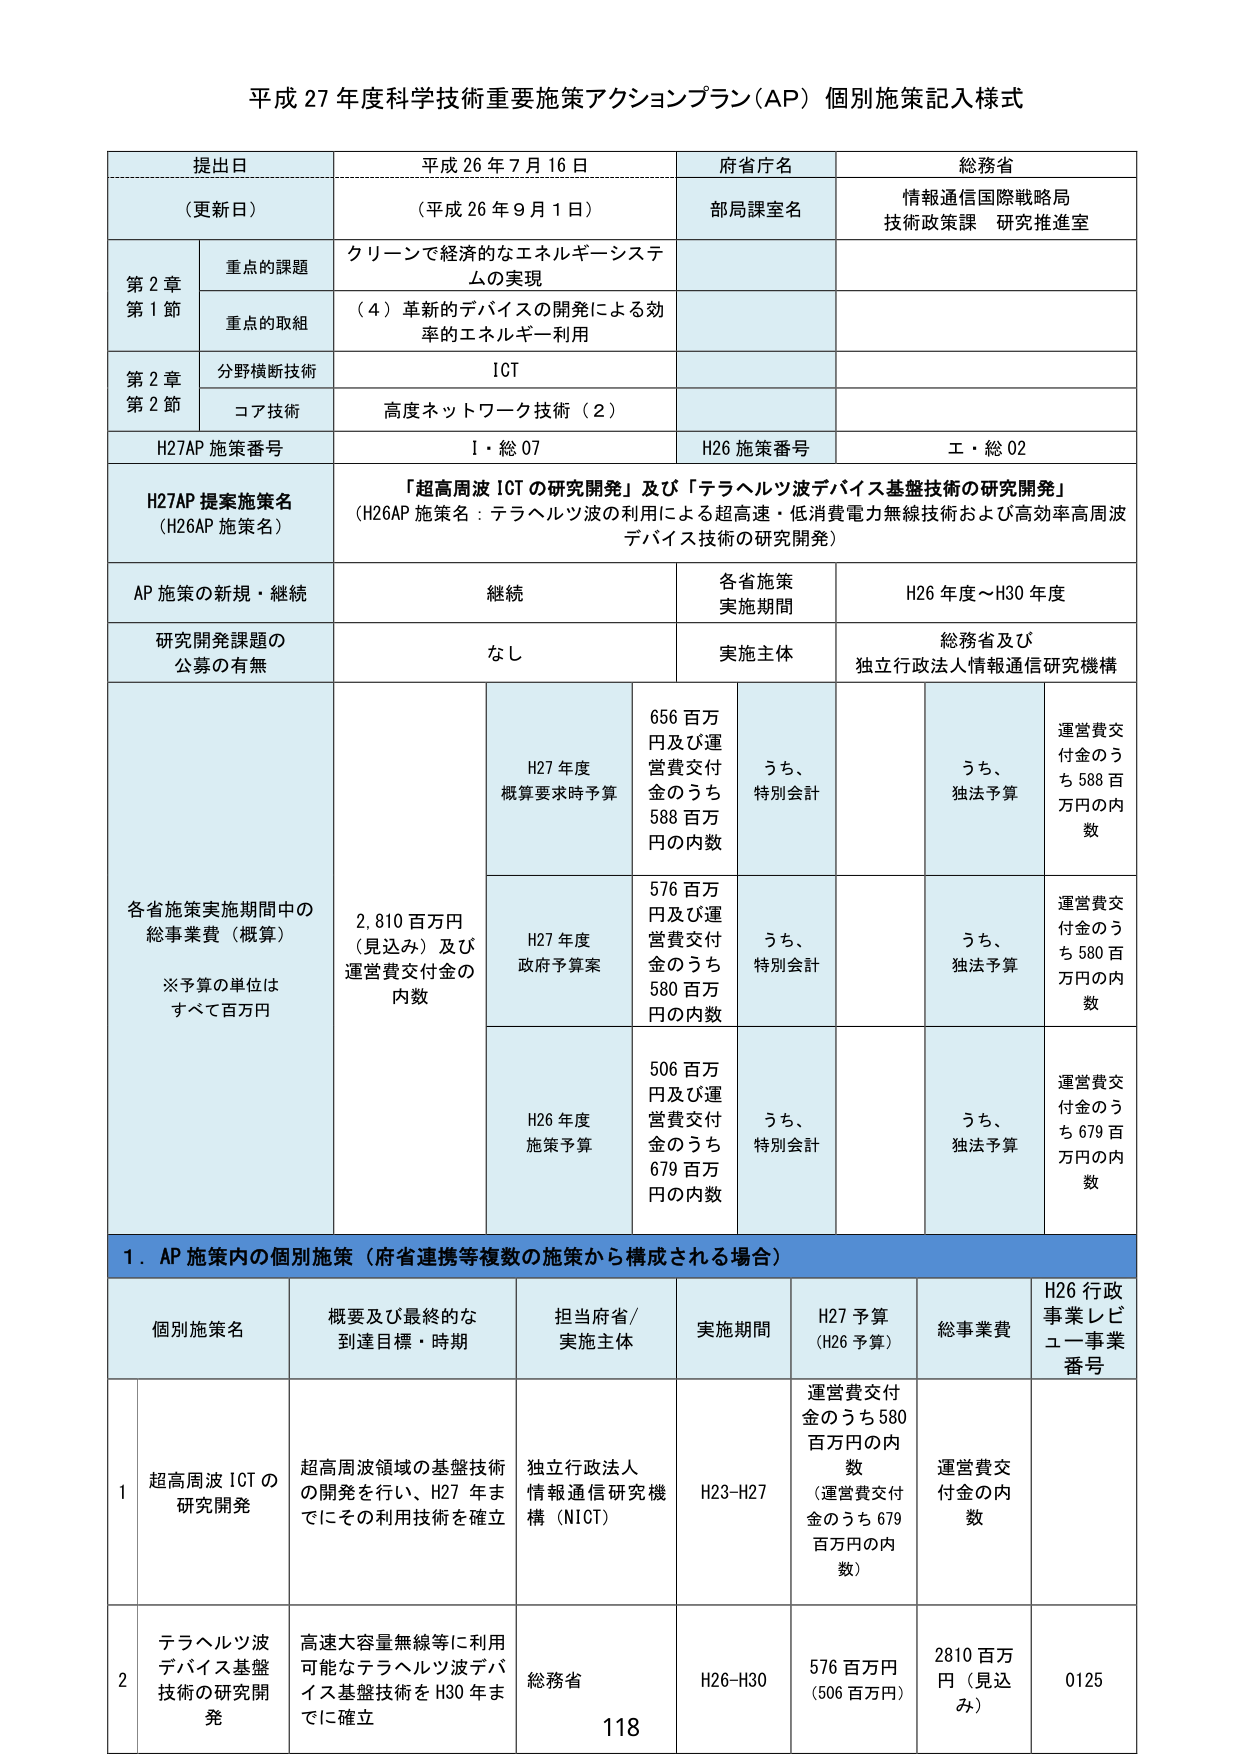
平成 27 年度科学技術重要施策アクションプラン（AP）個別施策記入様式

提出日 平成 26 年 7 月 16 日
（更新日） （平成 26 年 9 月 1 日）
府省庁名 総務省
部局課室名 情報通信国際戦略局
技術政策課 研究推進室

第 2 章
第 1 節
重点の課題 クリーンで経済的なエネルギー・システムの実現
重点の取組 （4）革新的デバイスの開発による効率的エネルギー利用

第 2 章
第 2 節
分野横断技術 ICT
コア技術 高度ネットワーク技術（2）

H27AP 施策番号 1・総 07
H26 施策番号 エ・総 02

H27AP 提案施策名
（H26AP 施策名）
「超高周波 ICT の研究開発」及び「テラヘルツ波デバイス基盤技術の研究開発」
（H26AP 施策名：テラヘルツ波の利用による超高速・低消費電力無線技術および高効率高周波デバイス技術の研究開発）

AP 施策の新規・継続 継続
各省施策実施期間 H26 年度～H30 年度

研究開発課題の公募の有無 なし
実施主体 総務省及び独立行政法人情報通信研究機構

各省施策実施期間中の総事業費（概算）
※予算の単位はすべて百万円

H27 年度概算要求時予算 656 百万円及び運営費交付金のうち 588 百万円の内数
うち、特別会計
うち、独法予算
運営費交付金のうち 588 百万円の内数

H27 年度政府予算案 576 百万円及び運営費交付金のうち 580 百万円の内数
うち、特別会計
うち、独法予算
運営費交付金のうち 580 百万円の内数

H26 年度施策予算 506 百万円及び運営費交付金のうち 679 百万円の内数
うち、特別会計
うち、独法予算
運営費交付金のうち 679 百万円の内数

2,810 百万円（見込み）及び運営費交付金の内数

1．AP 施策内の個別施策（府省連携等複数の施策から構成される場合）

個別施策名 概要及び最終的な到達目標・時期 担当府省/実施主体 実施期間 H27 予算（H26 予算） 総事業費 H26 行政事業レビュー事業番号

1 超高周波 ICT の研究開発 超高周波領域の基盤技術の開発を行い、H27 年までにその利用技術を確立 独立行政法人情報通信研究機構（NICT） H23-H27 運営費交付金のうち 580 百万円の内数（運営費交付金のうち 679 百万円の内数） 運営費交付金の内数

2 テラヘルツ波デバイス基盤技術の研究開発 高速大容量無線等に利用可能なテラヘルツ波デバイス基盤技術を H30 年までに確立 総務省 H26-H30 576 百万円（506 百万円） 2810 百万円（見込み） 0125

118